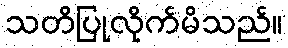
သတိပြုလိုက်မိသည်။